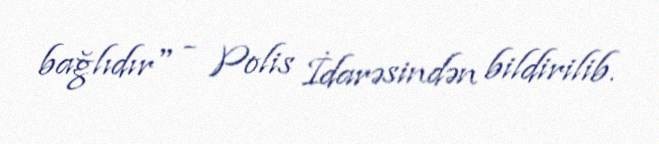
bağlıdır" - Polis İdarəsindən bildirilib.